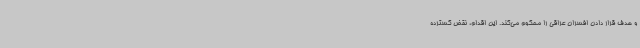
و هدف‌ قرار دادن افسران عراقی را محکوم می‌کند. این اقدام، نقض گسترده